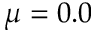
\mu = 0 . 0